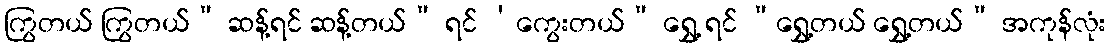
ကြွတယ် ကြွတယ်” ဆန့်ရင် ဆန့်တယ်” ရင် ‘ကွေးတယ်” ရွှေ့ ရင် “ရွှေ့တယ် ရွှေ့တယ်” အကုန်လုံး